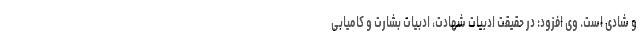
و شادی است. وی افزود: در حقیقت ادبیات شهادت، ادبیات بشارت و کامیابی